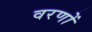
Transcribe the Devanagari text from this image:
वरणों